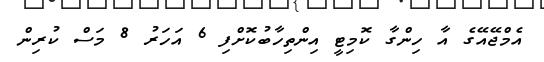
އެމްޖޭއޭގެ އާ ހިންގާ ކޮމިޓީ އިންތިހާބުކޮށްފި 6 އަހަރު 8 މަސް ކުރިން